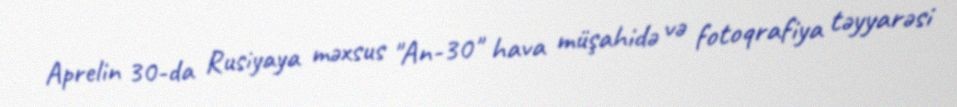
Aprelin 30-da Rusiyaya məxsus "An-30" hava müşahidə və fotoqrafiya təyyarəsi